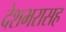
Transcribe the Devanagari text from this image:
देशभरासह